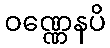
ဝဏ္ဏေနပိ